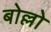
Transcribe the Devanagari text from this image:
बोल्लो